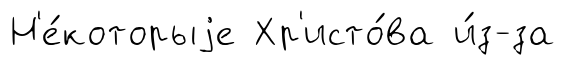
Н'е́которыjе Хр'исто́ва и́з-за